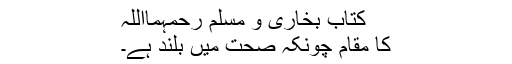
کتاب بخاری و مسلم رحمہمااللہ
کا مقام چونکہ صحت میں بلند ہے۔